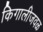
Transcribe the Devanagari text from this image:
किगालीजवळ